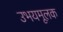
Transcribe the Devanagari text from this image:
उभयमूलक